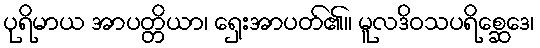
ပုရိမာယ အာပတ္တိယာ၊ ရှေးအာပတ်၏။ မူလဒိဝသပရိစ္ဆေဒေ၊